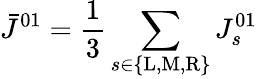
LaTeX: \bar{J}^{01}=\frac{1}{3}\sum_{s\in\{ \mathrm{L},\mathrm{M},\mathrm{R}\} }J_{s}^{01}